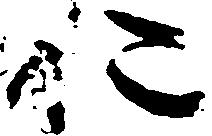
お